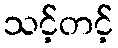
သင့်တင့်